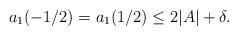
LaTeX: \begin{align*}a_1(-1/2)=a_1(1/2)\leq 2|A|+\delta. \end{align*}